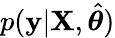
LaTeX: p(\textbf{y}|\textbf{X},\hat{\boldsymbol{\theta}})